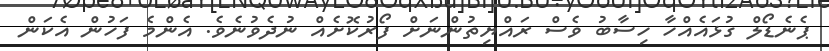
ޕެނެޑޯލް ގުޅައެއްހާ ހިސާބު ވެސް ރައްޔިތުންނަށް ފޯރުކޮށެއް ނުދެވުނެވެ. އެންމެ ފަހުން އެކަން